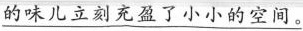
\underline{的味儿立刻充盈了小小的空间}